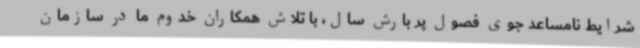
شرایط نامساعد جوی فصول پر بارش سال، با تلاش همکاران خدوم ما در سازمان